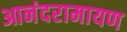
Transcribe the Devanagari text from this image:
आनंदरामायण